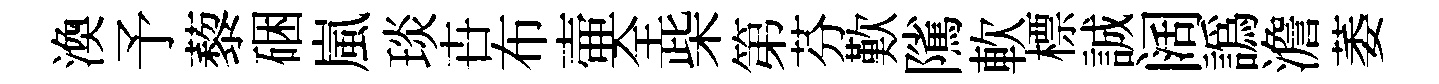
渙予藜硱嵐琰卋布壷全柴第芬歎隲軟標誠阔譌澹萎